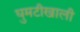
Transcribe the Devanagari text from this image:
घुमटीखाली